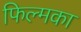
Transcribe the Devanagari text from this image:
फिल्मका